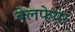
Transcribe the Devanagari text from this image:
बेलफेयर